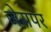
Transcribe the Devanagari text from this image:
जेसपर